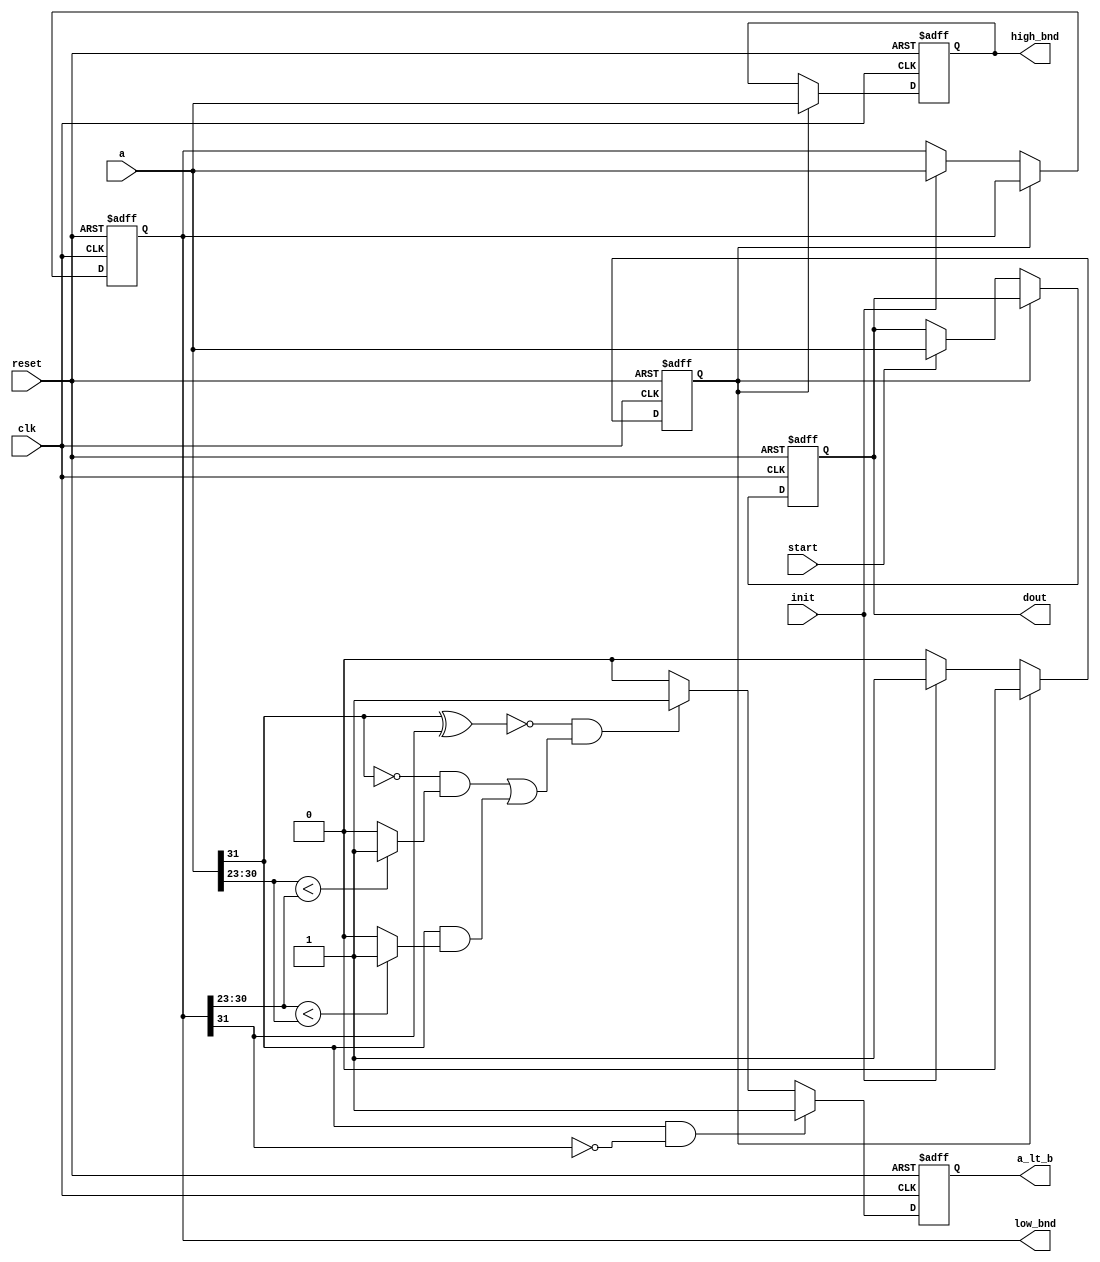

module clk_fboundsp_pipe_s1(clk, reset,a,init,start,a_lt_b,low_bnd,high_bnd,dout);

input clk,reset;
input [31:0] a;
input init,start;
output a_lt_b;
output [31:0] low_bnd,high_bnd,dout;

reg [31:0] low_bnd,high_bnd,dout;
reg a_lt_b;
reg a_lt_b_sig;


`define s0 'b0
`define s1 'b1

wire  [7:0] b_exp;
wire  [7:0] a_exp;
wire  [22:0] b_man;
wire  [22:0] a_man;
wire  sign_lt;
wire  sign_eq;
reg  exp_lt;
reg  exp_gt;
reg  man_lt;
reg  man_gt;
reg  state_reg;


wire  [31:0] b;

assign  b = low_bnd;

assign  b_exp = b[30:23];

assign  a_exp = a[30:23];

//assign  exp_lt = (a_exp < b_exp)? 1 : 0;
always @(a_exp or b_exp) begin
  exp_lt = 0;
  if (a_exp < b_exp) exp_lt = 1;
end

//assign  exp_gt = (b_exp < a_exp)? 1 : 0;
always @(a_exp or b_exp) begin
  exp_gt = 0;
  if (b_exp < a_exp) exp_gt = 1;
end


assign  sign_lt = (a[31] & ~b[31]);
assign  sign_eq = ~(a[31]^b[31]);



always @(sign_lt or sign_eq or exp_lt or exp_gt  or  a[31])
begin
  a_lt_b_sig = 0;
  if (sign_lt == 1) begin
   a_lt_b_sig = 1;
  end
  else if (sign_eq == 1  &&
           ( ((a[31] == 0) && exp_lt == 1) ||
               ((a[31] == 1) && exp_gt == 1))) begin
        a_lt_b_sig = 1; 
      end
end

// ctrl portion
always @(posedge clk or negedge reset) begin

  if (reset == 0) begin
     state_reg <= `s0;
     low_bnd <= 0;
     high_bnd <= 0;
     dout <= 0;
     a_lt_b <= 0;
  end
  else begin
     a_lt_b <= a_lt_b_sig;
     case (state_reg) 
       `s0: begin
          if (init == 1) begin
            state_reg <= `s1;
	    low_bnd <= a;
	  end
	  if (start == 1) begin
             dout <= a;
           end
        end
       `s1: begin
           high_bnd <= a;
	   state_reg <= `s0;
          end
      default: state_reg <= `s0;
    endcase
  
  end
  
end //end always


endmodule


module clk_fboundsp_pipe_s2(clk, reset,a,b,a_lt_b_s1,high_bnd_in,a_lt_b_s2,high_bnd,dout,finished);
input clk,reset;
input [31:0] a,b;
input a_lt_b_s1;
input [31:0] high_bnd_in;
output a_lt_b_s2;
output [31:0] high_bnd,dout;
output finished;


reg a_lt_b_s2;
reg a_lt_b;
reg [31:0] high_bnd,dout;
reg finished;


wire  [7:0] b_exp;
wire  [7:0] a_exp;
wire  [22:0] b_man;
wire  [22:0] a_man;

wire  [7:0] high_bnd_exp;
wire sign_eq_s2;
wire sign_lt_s2;
reg exp_lt_s2,exp_gt_s2;
reg a_lt_b_s2_sig;

reg man_lt,man_gt, exp_eq;

assign  b_exp = b[30:23];
assign  b_man = b[22:0];

assign  a_exp = a[30:23];
assign  a_man = a[22:0];

assign  high_bnd_exp = high_bnd_in[30:23];
assign  sign_eq_s2 = ~(a[31]^high_bnd_in[31]);
assign  sign_lt_s2 = (a[31] & ~high_bnd_in[31]);

always @(a_exp or high_bnd_exp) begin
  exp_lt_s2 = 0;
  if (a_exp < high_bnd_exp) exp_lt_s2 = 1;
end

always @(a_exp or high_bnd_exp) begin
  exp_gt_s2 = 0;
  if (high_bnd_exp < a_exp) exp_gt_s2 = 1;
end




always @(sign_lt_s2 or sign_eq_s2 or exp_lt_s2 or exp_gt_s2 or a[31])
begin
  a_lt_b_s2_sig = 0;
  if (sign_lt_s2 == 1) begin
   a_lt_b_s2_sig = 1;
  end
  else if (sign_eq_s2 == 1  &&
           ( ((a[31] == 0) && exp_lt_s2 == 1) ||
               ((a[31] == 1) && exp_gt_s2 == 1))) begin
        a_lt_b_s2_sig = 1; 
      end
end

assign  sign_eq = ~(a[31]^b[31]);

always @(a_exp or b_exp) begin
  exp_eq = 0;
  if (a_exp == b_exp) exp_eq = 1;
end


always @(a_man or b_man) begin
  man_lt = 0;
  if (a_man < b_man) man_lt = 1;
end

always @(a_man or b_man) begin
  man_gt = 0;
  if (b_man < a_man) man_gt = 1;
end


always @(a_lt_b_s1 or sign_eq or exp_eq or man_lt or man_gt or a[31])
begin
  a_lt_b = 0;
  if (a_lt_b_s1 == 1) begin
   a_lt_b = 1;
  end
   else if (sign_eq == 1 && exp_eq == 1 &&
             (((a[31] == 0) && (man_lt == 1)) ||
              ((a[31] == 1) && (man_gt == 1))) ) begin
        a_lt_b = 1;   
      end       
end

//ctrl portion


always @(posedge clk or negedge reset) begin

  if (reset == 0) begin
     high_bnd <= 0;
     finished <= 0;
     dout <= 0;
     a_lt_b_s2 <= 0;
    end
  else begin
     a_lt_b_s2 <= a_lt_b_s2_sig;
     high_bnd <= high_bnd_in;
     if (a_lt_b == 1) begin
      dout <= b;
      finished <= 1;
     end
     else begin
      finished <= 0;
      dout <= a;
     end     
   end
 end // end always


endmodule

module clk_fboundsp_pipe_s3(clk,reset,a,b,a_lt_b_s2,finished_s2,dout,in_bounds,finished);
input clk,reset;
input [31:0] a,b;
input a_lt_b_s2, finished_s2;
output [31:0] dout;
output in_bounds, finished;

reg [31:0] dout;
reg in_bounds, finished;

wire  [7:0] b_exp;
wire  [7:0] a_exp;
wire  [22:0] b_man;
wire  [22:0] a_man;

wire sign_eq;
reg exp_eq;
reg man_lt, man_gt;
reg a_lt_b;

assign  b_exp = b[30:23];
assign  b_man = b[22:0];

assign  a_exp = a[30:23];
assign  a_man = a[22:0];

assign  sign_eq = ~(a[31]^b[31]);

always @(a_exp or b_exp) begin
  exp_eq = 0;
  if (a_exp == b_exp) exp_eq = 1;
end


always @(a_man or b_man) begin
  man_lt = 0;
  if (a_man < b_man) man_lt = 1;
end

always @(a_man or b_man) begin
  man_gt = 0;
  if (b_man < a_man) man_gt = 1;
end

always @(a_lt_b_s2 or sign_eq or exp_eq or man_lt or man_gt or a[31])
begin
  a_lt_b = 0;
  if (a_lt_b_s2 == 1) begin
   a_lt_b = 1;
  end
   else if (sign_eq == 1 && exp_eq == 1 &&
             (((a[31] == 0) && (man_lt == 1)) ||
              ((a[31] == 1) && (man_gt == 1))) ) begin
        a_lt_b = 1;   
      end       
end


//ctrl portion

always @(posedge clk or negedge reset) begin
  if (reset == 0) begin
     finished <= 0;
     in_bounds <= 0 ;
     dout <= 0;
  end
  else begin
    finished <= 1;
    if (finished_s2 == 1) begin
     dout <= a; //pass through
     in_bounds <= 0;
    end
    else  begin
      if (a_lt_b == 1) begin
       in_bounds <= 1;
        dout <= a;
      end
      else begin
       in_bounds <= 0;
       dout <= b;
      end
    end
  end //end else
end //end always


endmodule

module clk_fboundsp_pipe(clk,reset,din,init,start,dout,in_bounds,finished);

input clk,reset;
input   [31:0] din;
input init,start;
output  [31:0] dout;
output in_bounds, finished;

wire a_lt_b_s1;
wire [31:0] low_bnd_s1;
wire [31:0] high_bnd_s1;
wire [31:0] dout_s1;
wire a_lt_b_s2;
wire [31:0] high_bnd_s2;
wire [31:0] dout_s2;
wire finished_s2;

clk_fboundsp_pipe_s1 s1 (.clk(clk), 
                         .reset(reset),
			 .a(din),
			 .init(init),
                         .start(start),
                         .a_lt_b(a_lt_b_s1),
                         .low_bnd(low_bnd_s1),
                         .high_bnd(high_bnd_s1),
			 .dout(dout_s1));
clk_fboundsp_pipe_s2 s2 (.clk(clk), 
                         .reset(reset),
                         .a(dout_s1),
			 .b(low_bnd_s1),
			 .a_lt_b_s1(a_lt_b_s1),
			 .high_bnd_in(high_bnd_s1),
			 .a_lt_b_s2(a_lt_b_s2),
			 .high_bnd(high_bnd_s2),
                         .dout(dout_s2),
			 .finished(finished_s2));
clk_fboundsp_pipe_s3 s3 (.clk(clk),
		         .reset(reset),
			 .a(dout_s2),
			 .b(high_bnd_s2),
                         .a_lt_b_s2(a_lt_b_s2),
			 .finished_s2(finished_s2),
			 .dout(dout),
			 .in_bounds(in_bounds),
			 .finished(finished));


endmodule